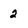
Character: 2